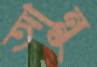
আন্নু